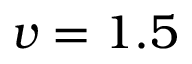
v = 1 . 5